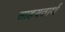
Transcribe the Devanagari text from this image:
साहयतार्थ